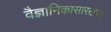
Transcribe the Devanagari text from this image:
वैज्ञानिकासारखाच